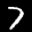
Label: 7